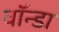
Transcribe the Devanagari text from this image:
वॉन्डा